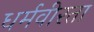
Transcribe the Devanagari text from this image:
धर्मवीरता